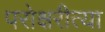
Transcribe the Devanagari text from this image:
परोक्षरीत्या